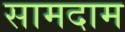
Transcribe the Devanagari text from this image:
सामदाम